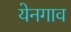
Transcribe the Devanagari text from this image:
येनगाव